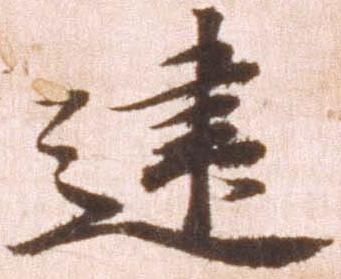
建